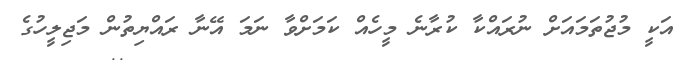
އަކީ މުޖުތަމައަށް ނުރައްކާ ކުރާނެ މީހެއް ކަމަށްވާ ނަމަ އޭނާ ރައްޔިތުން މަޖިލީހުގެ